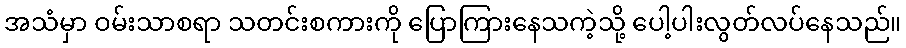
အသံမှာ ဝမ်းသာစရာ သတင်းစကားကို ပြောကြားနေသကဲ့သို့ ပေါ့ပါးလွတ်လပ်နေသည်။